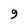
Character: 9